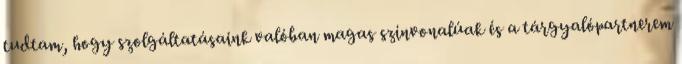
tudtam, hogy szolgáltatásaink valóban magas színvonalúak és a tárgyalópartnerem